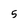
Character: 5